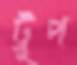
ট্রুপ